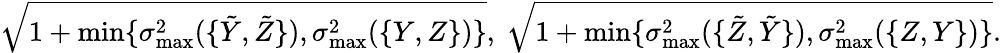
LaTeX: \sqrt{1+\operatorname*{min}\{ \sigma_{\operatorname*{max}}^{2}(\{ \tilde{Y},\tilde{Z}\} ),\sigma_{\operatorname*{max}}^{2}(\{ Y,Z\} )\} },\ \sqrt{1+\operatorname*{min}\{ \sigma_{\operatorname*{max}}^{2}(\{ \tilde{Z},\tilde{Y}\} ),\sigma_{\operatorname*{max}}^{2}(\{ Z,Y\} )\} }.